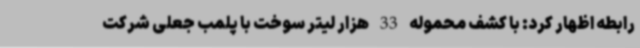
رابطه اظهار کرد: با کشف محموله 33 هزار لیتر سوخت با پلمب جعلی شرکت